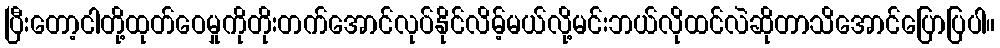
ပြီးတော့ငါတို့ထုတ်ဝေမှုကိုတိုးတက်အောင်လုပ်နိုင်လိမ့်မယ်လို့မင်းဘယ်လိုထင်လဲဆိုတာသိအောင်ပြောပြပါ။